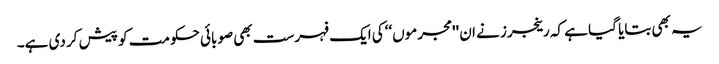
یہ بھی بتایا گیا ہے کہ رینجرز نے ان ''مجرموں‘‘کی ایک فہرست بھی صوبائی حکومت کو پیش کر دی ہے۔